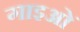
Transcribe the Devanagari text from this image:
गाइओं